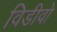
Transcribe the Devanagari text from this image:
विडीवो